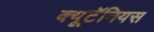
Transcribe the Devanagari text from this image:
क्यूटॅनियस